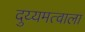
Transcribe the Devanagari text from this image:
दुय्यमत्वाला